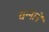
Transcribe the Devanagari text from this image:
चन्‍नाने